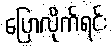
ပြောလိုက်ရင်း